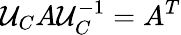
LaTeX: \mathcal{U}_{C}A\mathcal{U}_{C}^{-1}=A^{T}